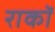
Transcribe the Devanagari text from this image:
राकॉ